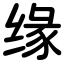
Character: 缘